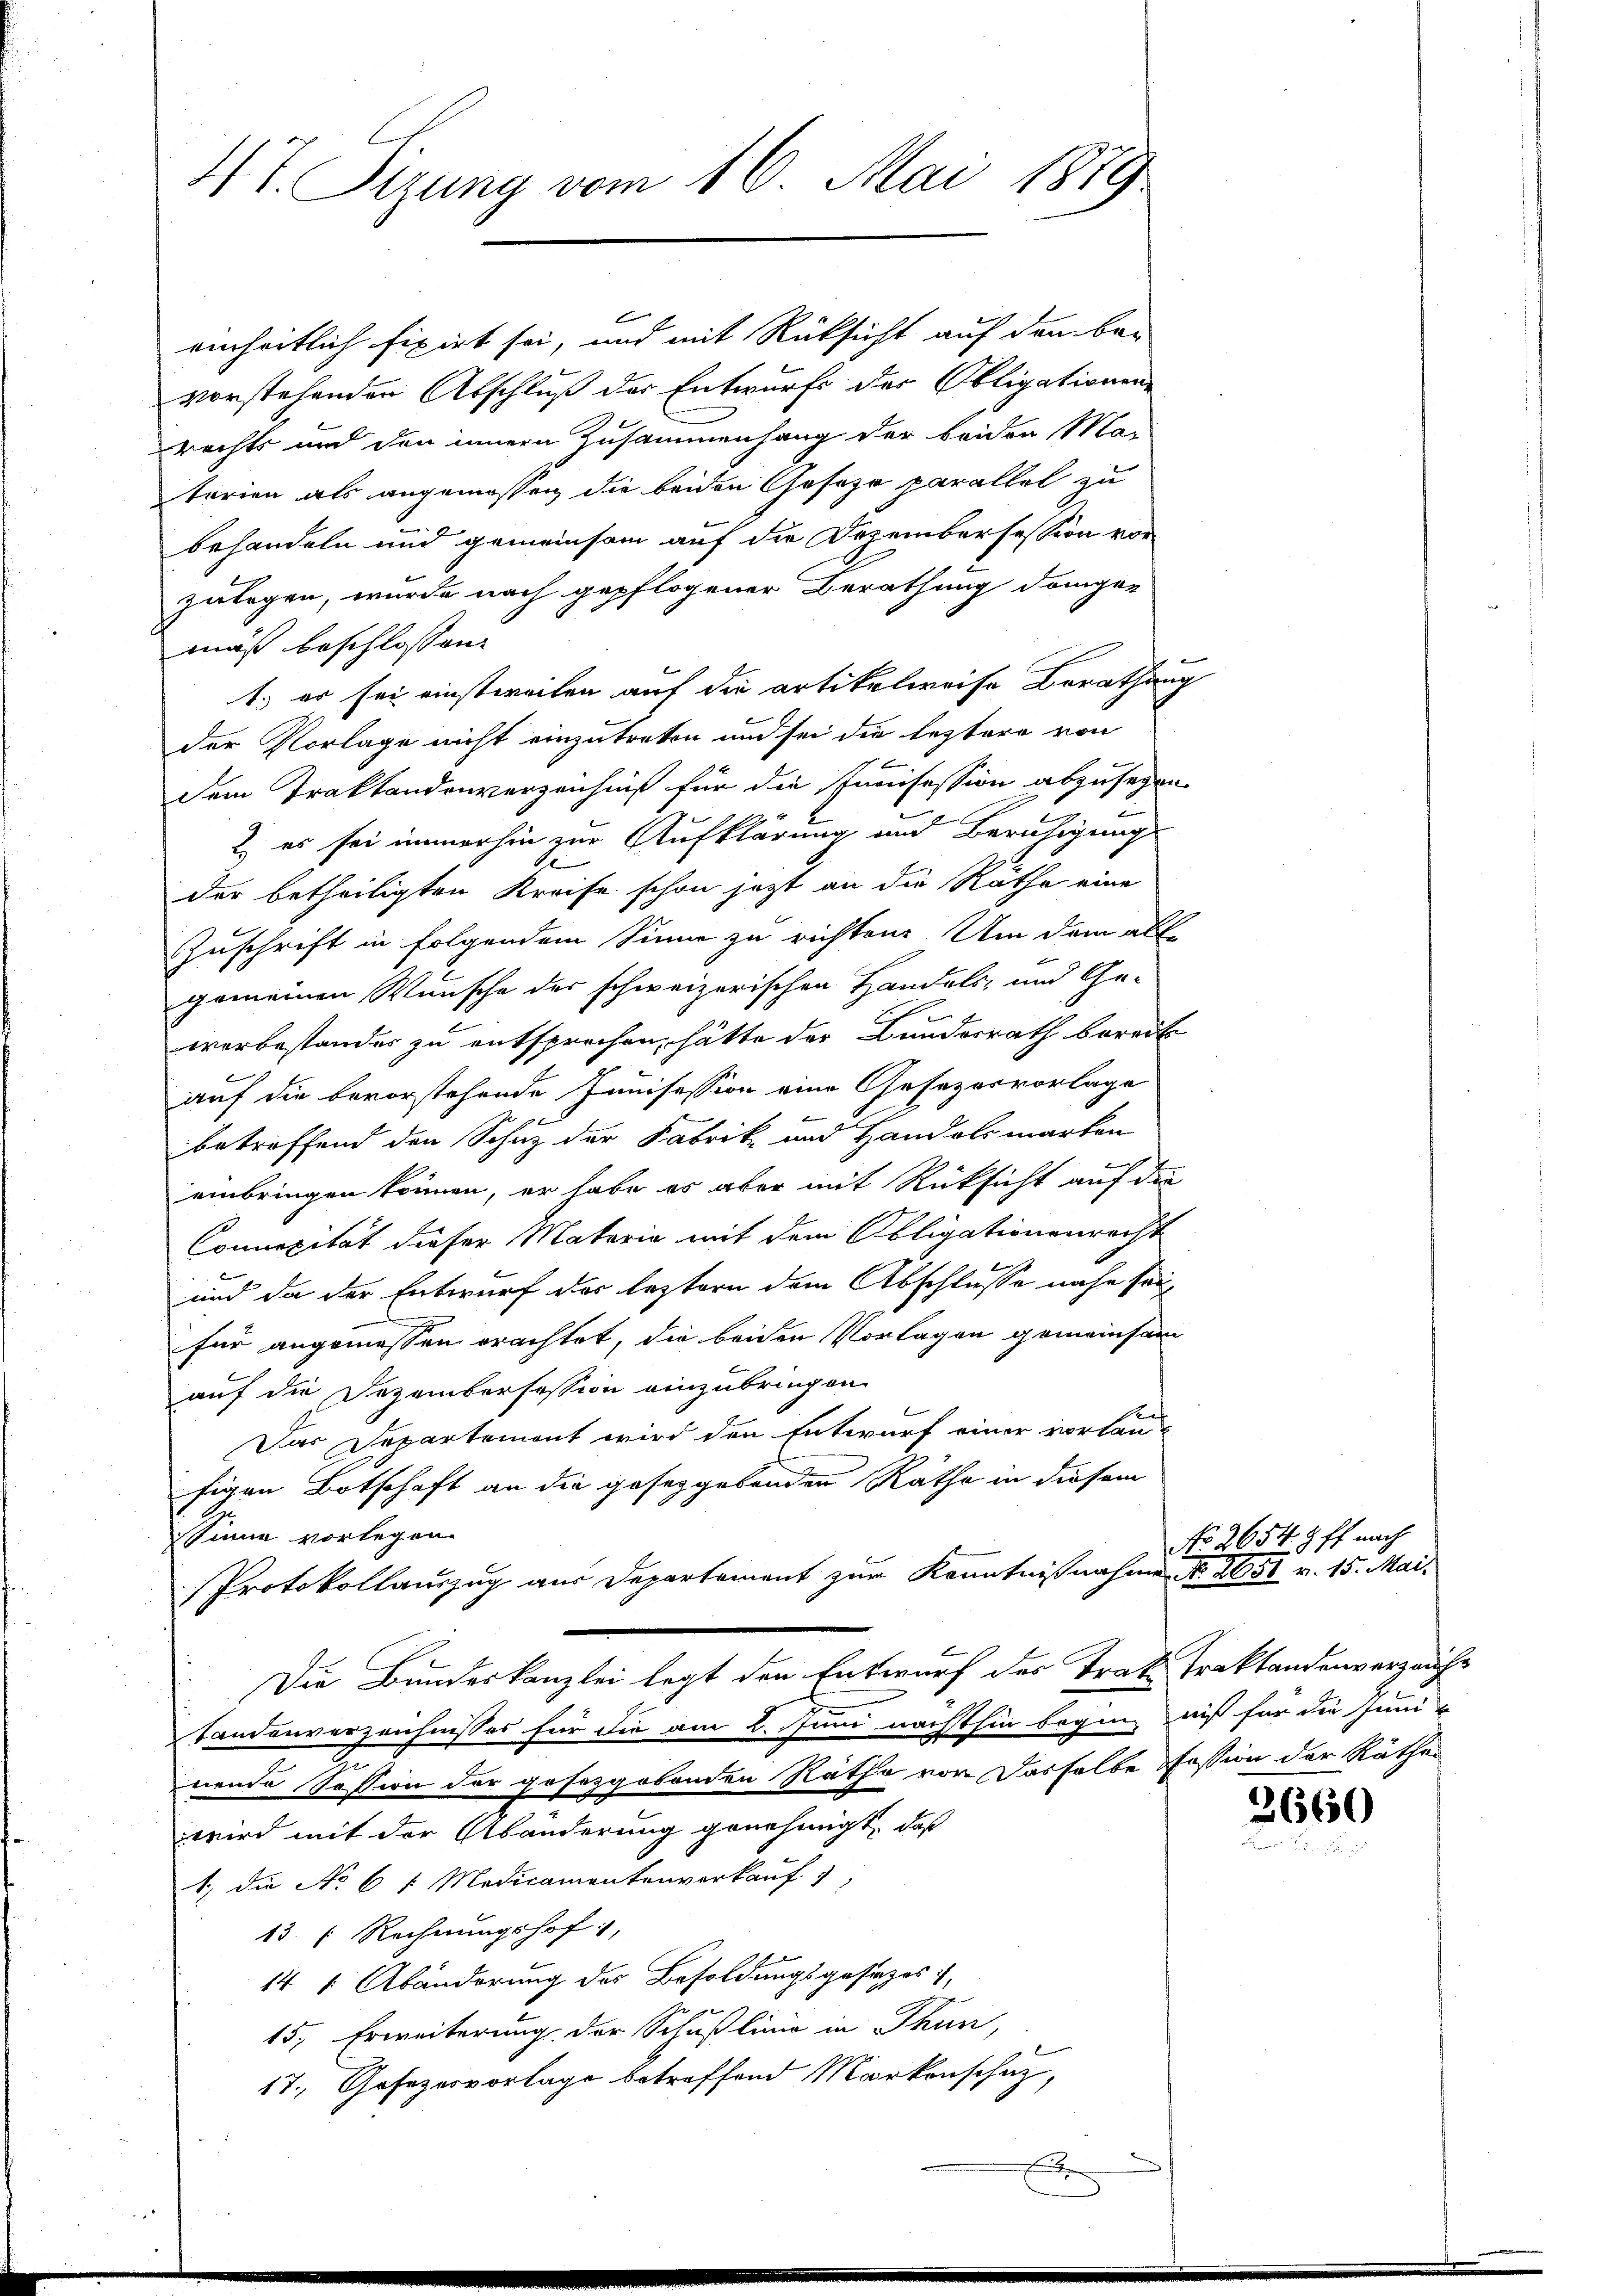
4t. Sizung vom 16. Mai 1879

f
einheitlich fixirt sei, und mit Rücksicht auf den bar
vorstehenden Abschluß der Entwurfs des Obligationen
rechts und den innern Zusammenhang der beiden Ma-
terien als angemessen die beiden Geseze parallel zu
behandeln und gemeinsam auf die Dezembersession vor
zulagen, wurde nach gepflogener Berathung dage-
mäß beschlossen:
1.) er sei einstweilen auf die artikelweise Berathung
der Vorlage nicht einzutreten und sei die leztere von
dem Traktandenverzeichniß für die Junisession abzusehen
2. es sei immerhin zur Aufklärung und Beruhigung
der betheiligten Kreise schon jetzt an die Räthe eine
Zuschrift in folgendem Sinne zu richten. Um dem all-
gemeinen Wunsche der schweizerischen Handels- und Ge-
worbestandes zu entsprochen, hätte der Bundesrath bereit
auf die bevorstehende Junisession eine Gesezesvorlage
b
betreffend den Schuz der Fabrik- und Handelsmarken
einbringen können, er habe er aber mit Rücksicht auf die
Connepität dieser Materie mit dem Obligationenrecht
und da der Entwurf der leztern dem Abschlusse nahe seifür angemessen erachtet, die beiden Vorlagen gemeinsam
auf die Dezemberfession einzubringen.
Das Departement wird den Entwurf einer vorlau
figen Botschaft an die gesetzgebenden Rathe in diesem
Sinne vorlegen.
Protokollauszug aus Departement zur Kenntnißnahme Nr. 2050 v. 15. Mai
Die Bundeskanzlei legt den Entwurf des Trak. Traktandenverzeichs
Landenverzeichnisses für die am 2. Juni nachthin beginn nit für die Juni-
nende Session der gesetzgebenden Räthe vor Deshalbe Pession der Räthes
wird mit der Abänderung genehmigt, daß
1., die No 6 t Medicamentenverkauf
13. " Rechnungshof,
14 1 Abänderung des Besoldungsgesezes),
15. Erweiterung der Schußling in Thun,
17., Gesezesvorlage betreffend Markenschutz,

x

No. 26548 ff. nach

3660